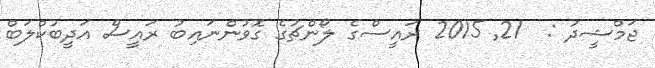
ޖަމްޝީދު :  21